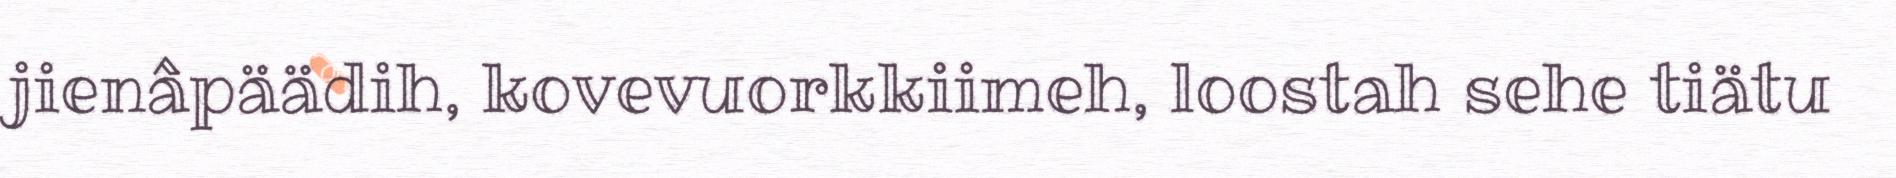
jienâpäädih, kovevuorkkiimeh, loostah sehe tiätu